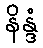
နိန္ဒံ